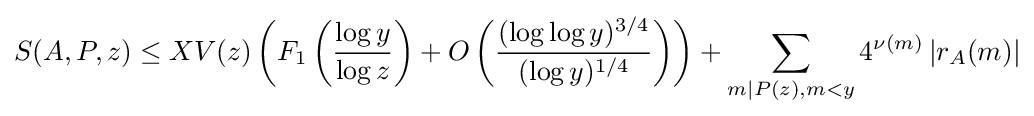
S(A,P,z)\leq XV(z)\left(F_{1}\left({\frac {\log y}{\log z}}\right)+O\left({\frac {(\log \log y)^{3/4}}{(\log y)^{1/4}}}\right)\right)+\sum _{m|P(z),m<y}4^{\nu (m)}\left|r_{A}(m)\right|